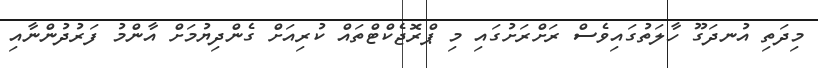
މިދަތި އުނދަގޫ ހާލަތުގައިވެސް ރަށްރަށުގައި މި ޕްރޮޖެކްޓްތައް ކުރިއަށް ގެންދިޔުމަށް އާންމު ފަރުދުންނާއި